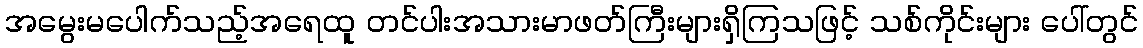
အမွေးမပေါက်သည့်အရေထူ တင်ပါးအသားမာဖတ်ကြီးများရှိကြသဖြင့် သစ်ကိုင်းများ ပေါ်တွင်